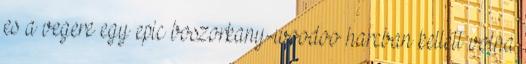
es a vegere egy epic boszorkany-woodoo harcban kellett volna